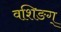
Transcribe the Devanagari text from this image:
वशिङग्